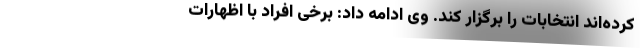
کرده‌اند انتخابات را برگزار کند. وی ادامه داد: برخی افراد با اظهارات